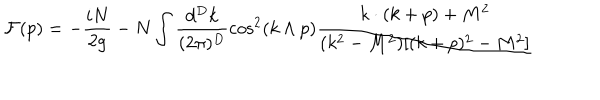
{ \cal F } ( p ) = - \frac { i N } { 2 g } - N \int \frac { d ^ { D } k } { ( 2 \pi ) ^ { D } } \cos ^ { 2 } ( k \wedge p ) \frac { k \cdot ( k + p ) + M ^ { 2 } } { ( k ^ { 2 } - M ^ { 2 } ) [ ( k + p ) ^ { 2 } - M ^ { 2 } ] }